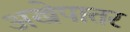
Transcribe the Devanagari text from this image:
अखेपातर